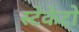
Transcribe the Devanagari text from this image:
स्टेकेटो